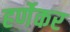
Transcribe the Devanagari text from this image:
हर्णेकर